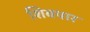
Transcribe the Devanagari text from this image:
शिवपार